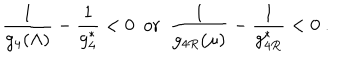
{ \frac { 1 } { g _ { 4 } ( \Lambda ) } } - { \frac { 1 } { g _ { 4 } ^ { \ast } } } < 0 ~ ~ \mathrm { o r } ~ ~ { \frac { 1 } { g _ { 4 R } ( \mu ) } } - { \frac { 1 } { g _ { 4 R } ^ { \ast } } } < 0 ~ .